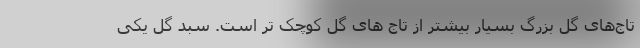
تاج‌های گل بزرگ بسیار بیشتر از تاج های گل کوچک تر است. سبد گل یکی